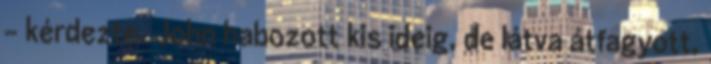
- kérdezte. John habozott kis ideig, de látva átfagyott,